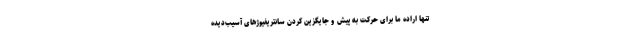
تنها اراده ما برای حرکت به پیش و جایگزین کردن سانتریفیوژهای آسیب‌دیده